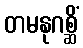
တမနုဂစ္ဆိံ